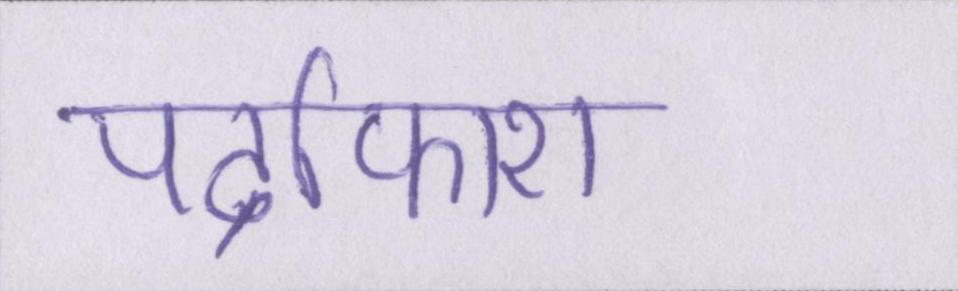
पर्दाफाश